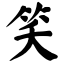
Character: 笑